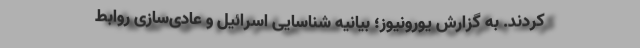
کردند. به گزارش یورونیوز؛ بیانیه شناسایی اسرائیل و عادی‌سازی روابط